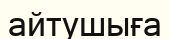
айтушыға